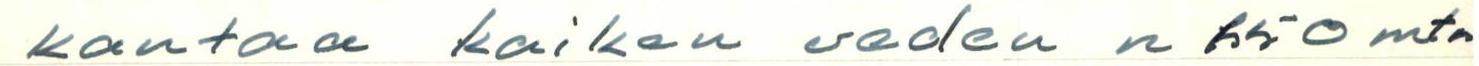
kantaa kaiken veden n 150 mta